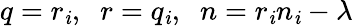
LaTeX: q=r_{\mathit{i}},\; \; r=q_{\mathit{i}},\; \; n=r_{\mathit{i}}n_{\mathit{i}}-\lambda